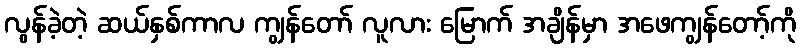
လွန်ခဲ့တဲ့ ဆယ်နှစ်ကာလ ကျွန်တော် လူလား မြောက် အချိန်မှာ အဖေကျွန်တော့်ကို